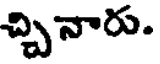
చ్చినారు.